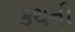
કથની